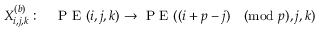
X _ { i , j , k } ^ { ( b ) } : \quad \mathrm { ~ P ~ E ~ } ( i , j , k ) \rightarrow \mathrm { ~ P ~ E ~ } ( ( i + p - j ) \pmod p , j , k )